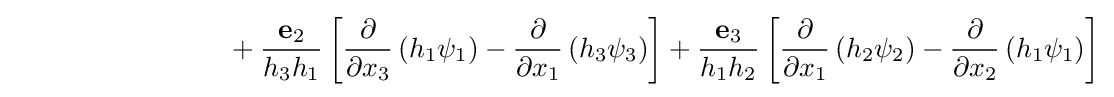
{\ \ \ \ \ \ \ \ \ \ \ \ \ \ \ \ \ \ \ \ \ \ \ }+{\frac {\mathbf {e} _{2}}{h_{3}h_{1}}}\left[{\frac {\partial }{\partial x_{3}}}\left(h_{1}\psi _{1}\right)-{\frac {\partial }{\partial x_{1}}}\left(h_{3}\psi _{3}\right)\right]+{\frac {\mathbf {e} _{3}}{h_{1}h_{2}}}\left[{\frac {\partial }{\partial x_{1}}}\left(h_{2}\psi _{2}\right)-{\frac {\partial }{\partial x_{2}}}\left(h_{1}\psi _{1}\right)\right]